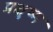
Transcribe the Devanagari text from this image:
प्रक्षुष्म